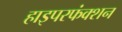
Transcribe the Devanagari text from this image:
हाइपरफंक्शन